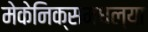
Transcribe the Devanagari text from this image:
मेकेनिक्समधल्या